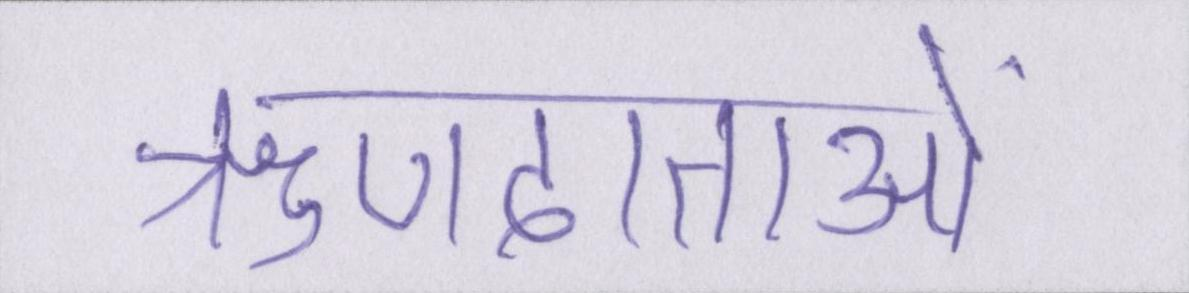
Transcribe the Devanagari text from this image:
ऋणदाताओं